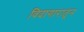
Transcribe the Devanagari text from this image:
विदागारातून